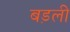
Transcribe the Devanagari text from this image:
बड़ली